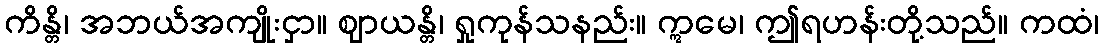
ကိန္တိ၊ အဘယ်အကျိုးငှာ။ ဈာယန္တိ၊ ရှုကုန်သနည်း။ ဣမေ၊ ဤရဟန်းတို့သည်။ ကထံ၊